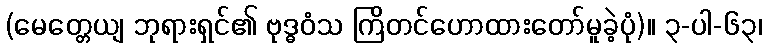
(မေတ္တေယျ ဘုရားရှင်၏ ဗုဒ္ဓဝံသ ကြိတင်ဟောထားတော်မူခဲ့ပုံ)။ ၃-ပါ-၆၃၊